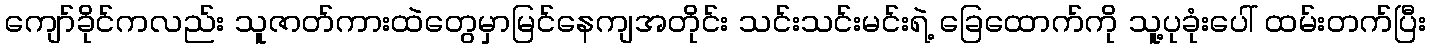
ကျော်ခိုင်ကလည်း သူဇာတ်ကားထဲတွေမှာမြင်နေကျအတိုင်း သင်းသင်းမင်းရဲ့ ခြေထောက်ကို သူ့ပုခုံးပေါ် ထမ်းတက်ပြီး